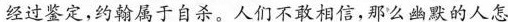
经过鉴定，约翰属于自杀。人们不敢相信，那么幽默的人怎